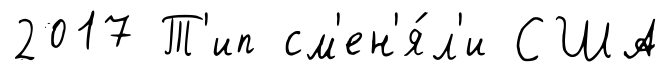
2017 Т'ип см'ен'я́л'и США